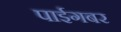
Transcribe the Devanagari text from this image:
पाईगबर